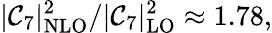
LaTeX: |{\cal\mathcal{C}}_{7}|_{\mathrm{{NLO}}}^{2}/|{\cal\mathcal{C}}_{7}|_{\mathrm{{LO}}}^{2}\approx1.78,